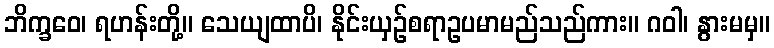
ဘိက္ခဝေ၊ ရဟန်းတို့။ သေယျထာပိ၊ နိုင်းယှဉ်စရာဥပမာမည်သည်ကား။ ဂဝါ၊ နွားမမှ။